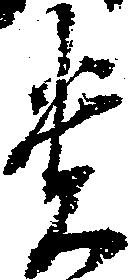
貴